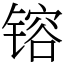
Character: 镕